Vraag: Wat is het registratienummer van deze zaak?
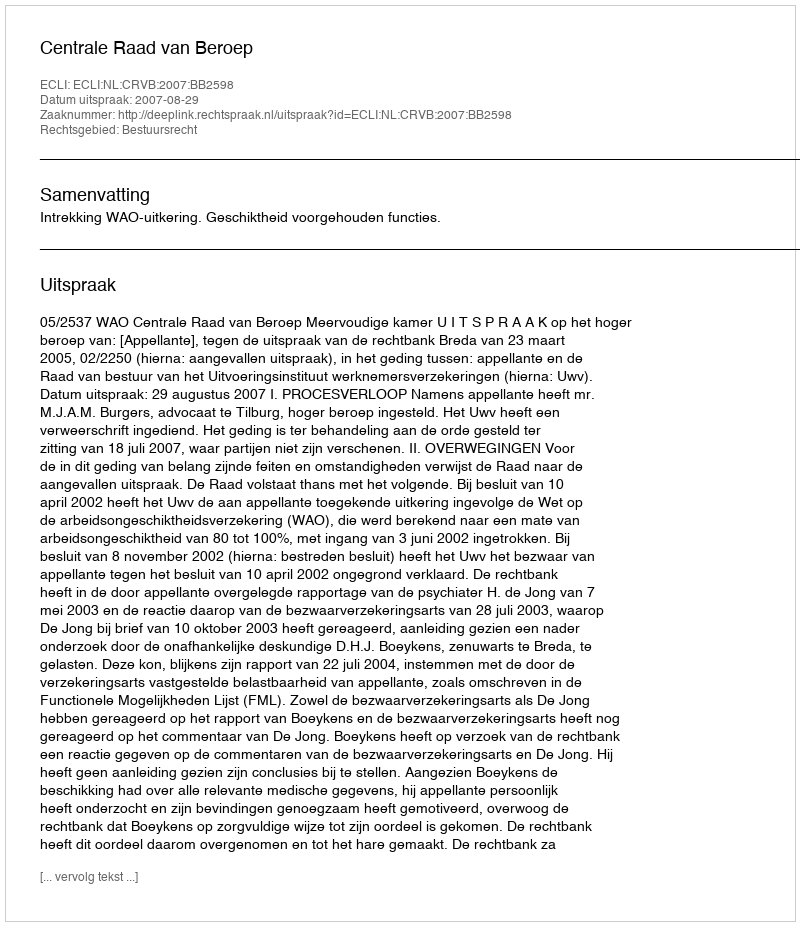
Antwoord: http://deeplink.rechtspraak.nl/uitspraak?id=ECLI:NL:CRVB:2007:BB2598